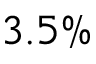
3 . 5 \%